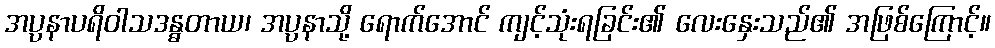
အပ္ပနာပရိဝါသဒန္ဓတာယ၊ အပ္ပနာသို့ ရောက်အောင် ကျင့်သုံးရခြင်း၏ လေးနှေးသည်၏ အဖြစ်ကြောင့်။